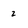
Character: 2